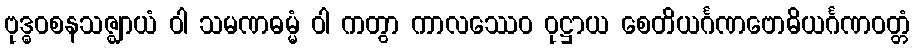
ဗုဒ္ဓဝစနသဇ္ဈာယံ ဝါ သမဏဓမ္မံ ဝါ ကတွာ ကာလဿေဝ ဝုဋ္ဌာယ စေတိယင်္ဂဏဗောဓိယင်္ဂဏဝတ္တံ